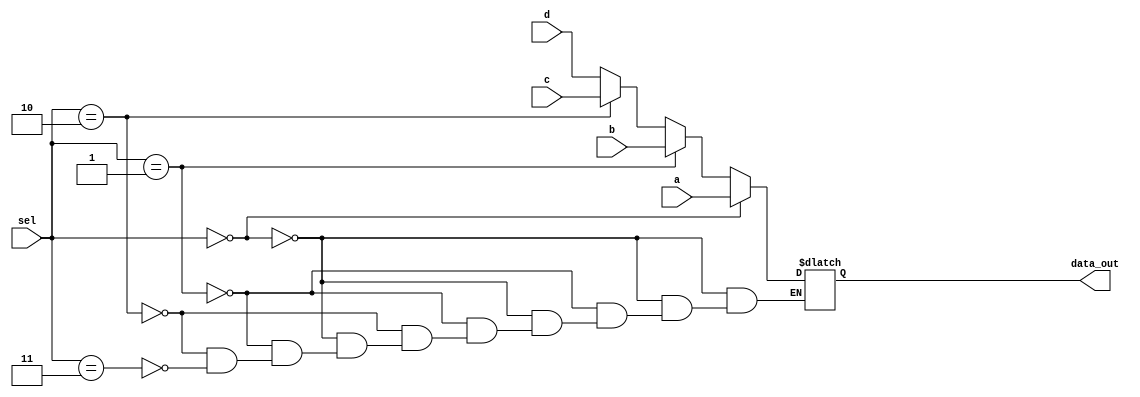
module mux_4_in
(
	input [63:0] a, b, c, d,
	input [1:0] sel,
	output reg [63:0] data_out

);

	always @(*)
	begin
		
		if (sel == 2'b00)
			begin
				data_out = a; 
			end
			
		else if (sel == 2'b01)
			begin
				data_out = b;
			end
		
		else if (sel == 2'b10)
			begin
				data_out = c;
			end
		
		else if (sel == 2'b11)
			begin
				data_out = d;
			end
			
	end

endmodule